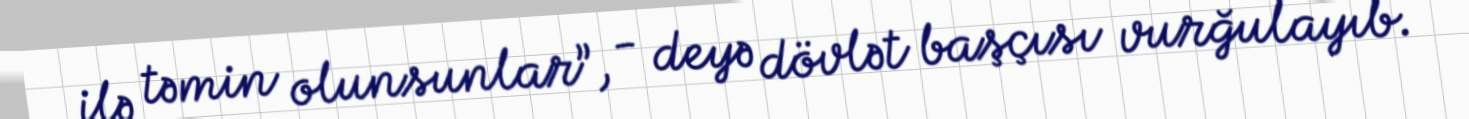
ilə təmin olunsunlar”, - deyə dövlət başçısı vurğulayıb.